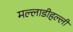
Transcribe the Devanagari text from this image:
मल्लाडीहल्ली